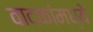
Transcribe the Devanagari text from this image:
वादकांमध्ये